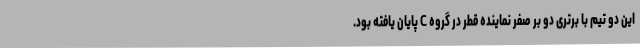
این دو تیم با برتری دو بر صفر نماینده قطر در گروه C پایان یافته بود.